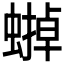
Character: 𧐼